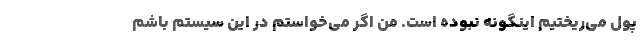
پول می‌ریختیم اینگونه نبوده است. من اگر می‌خواستم در این سیستم باشم